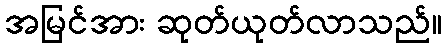
အမြင်အား ဆုတ်ယုတ်လာသည်။